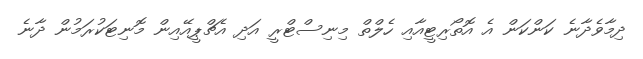
ދިމާވެދާނެ ކަންކަން އެ އޮތޯރިޓީއާއި ހެލްތް މިނިސްޓްރީ އަދި އެޗްޕީއޭއިން މޮނިޓަކުރަމުން ދާނެ